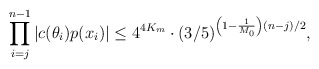
\begin{align*}\prod \limits_{i=j}^{n-1} |c(\theta_i)p(x_i)| \leq 4^{4K_m} \cdot (3/5)^{\left(1 - \frac1{M_0} \right)(n - j)/2},\end{align*}